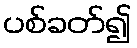
ပစ်ခတ်၍